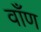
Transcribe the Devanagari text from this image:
वाँण